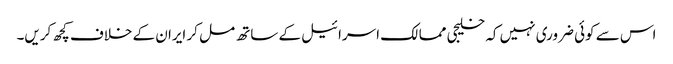
اس سے کوئی ضروری نہیں کہ خلیجی ممالک اسرائیل کے ساتھ مل کر ایران کے خلاف کچھ کریں۔